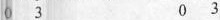
0 3 0 3